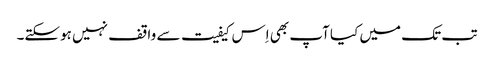
تب تک میں کیا آپ بھی اِس کیفیت سے واقف نہیں ہوسکتے۔